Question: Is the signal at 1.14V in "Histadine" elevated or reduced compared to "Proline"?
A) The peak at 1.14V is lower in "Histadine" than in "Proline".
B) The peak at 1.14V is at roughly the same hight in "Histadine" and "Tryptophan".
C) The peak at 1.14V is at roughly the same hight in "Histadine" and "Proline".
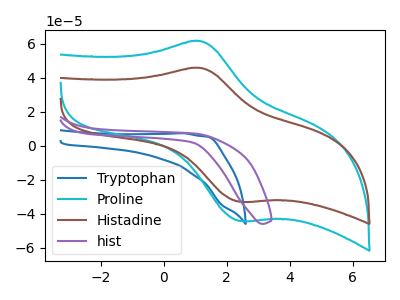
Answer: <think>The blue curve "Tryptophan" has no peaks. The cyan curve "Proline" has an anodic peak at (1.15V, 61.70uA) and a cathodic peak at (2.45V, -44.15uA). The brown curve "Histadine" has an anodic peak at (1.15V, 45.90uA) and a cathodic peak at (2.45V, -32.85uA). The purple curve "hist" has no peaks.</think>
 <answer>A) The peak at 1.14V is lower in "Histadine" than in "Proline".</answer>
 <eval>A</eval>